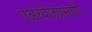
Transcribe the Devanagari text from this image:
एअरवेजप्रमाणे